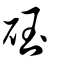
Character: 砡